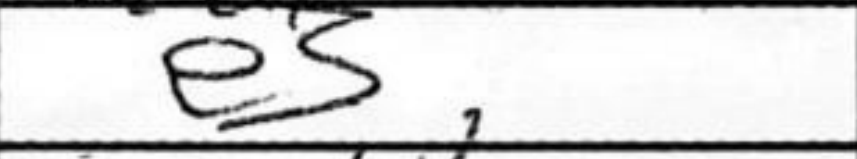
Transcription: e5